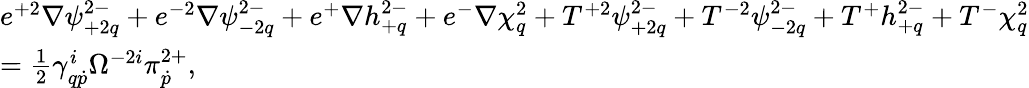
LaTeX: \begin{array}{l}{{e^{+2}\nabla\psi_{+2q}^{2-}+e^{-2}\nabla\psi_{-2q}^{2-}+e^{+}\nabla h_{+q}^{2-}+e^{-}\nabla\chi_{q}^{2}+T^{+2}\psi_{+2q}^{2-}+T^{-2}\psi_{-2q}^{2-}+T^{+}h_{+q}^{2-}+T^{-}\chi_{q}^{2}}}\\ {{=\frac 12\gamma_{q\dot{p}}^{i}\Omega^{-2i}\pi_{\dot{p}}^{2+},}}\end{array}